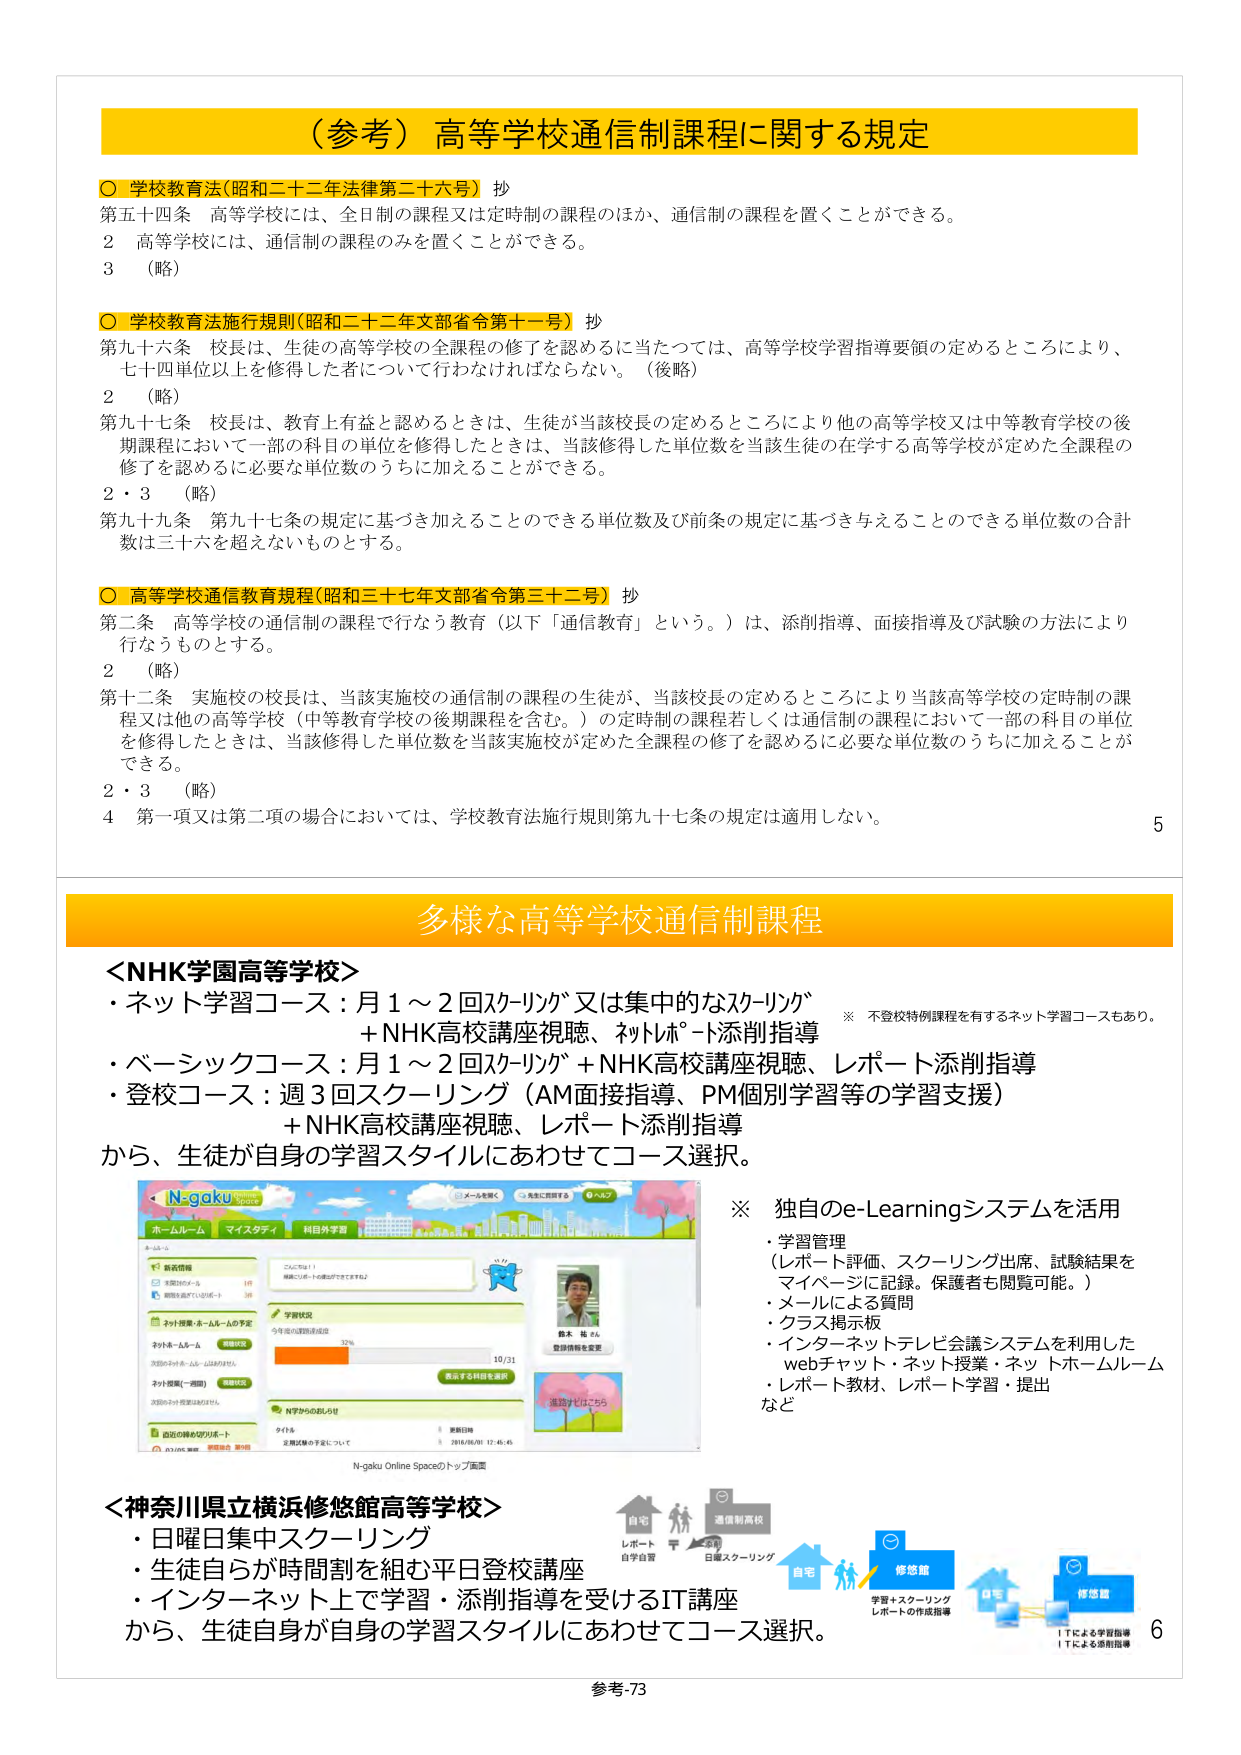
（参考）高等学校通信制課程に関する規定

○ 学校教育法（昭和二十二年法律第二十六号）抄
第五十四条 高等学校には、全日制の課程又は定時制の課程のほか、通信制の課程を置くことができる。
２ 高等学校には、通信制の課程のみを置くことができる。
３ （略）

○ 学校教育法施行規則（昭和二十二年文部省令第十一号）抄
第九十六条 校長は、生徒の高等学校の全課程の修了を認めるに当たっては、高等学校学習指導要領の定めるところにより、七十四単位以上を修得した者について行わなければならない。（後略）
２ （略）
第九十七条 校長は、教育上有益と認めるときは、生徒が当該校長の定めるところにより他の高等学校又は中等教育学校の後期課程において一部の科目の単位を修得したときは、当該修得した単位数を当該生徒の在学する高等学校が定めた全課程の修了を認めるに必要な単位数のうちに加えることができる。
２・３ （略）
第九十九条 第九十七条の規定に基づき加えることのできる単位数及び前条の規定に基づき与えることのできる単位数の合計数は三十六を超えないものとする。

○ 高等学校通信教育規程（昭和三十七年文部省令第三十二号）抄
第二条 高等学校の通信制の課程で行なう教育（以下「通信教育」という。）は、添削指導、面接指導及び試験の方法により行なうものとする。
２ （略）
第十二条 実施校の校長は、当該実施校の通信制の課程の生徒が、当該校長の定めるところにより当該高等学校の定時制の課程又は他の高等学校（中等教育学校の後期課程を含む。）の定時制の課程若しくは通信制の課程において一部の科目の単位を修得したときは、当該修得した単位数を当該実施校が定めた全課程の修了を認めるに必要な単位数のうちに加えることができる。
２・３ （略）
４ 第一項又は第二項の場合においては、学校教育法施行規則第九十七条の規定は適用しない。

多様な高等学校通信制課程

＜NHK学園高等学校＞
・ネット学習コース：月1～2回スクーリング又は集中的なスクーリング
　＋NHK高校講座視聴、ネットレポート添削指導
※ 不登校特例課程を有するネット学習コースもあり。
・ベーシックコース：月1～2回スクーリング＋NHK高校講座視聴、レポート添削指導
・登校コース：週3回スクーリング（AM面接指導、PM個別学習等の学習支援）
　＋NHK高校講座視聴、レポート添削指導
から、生徒が自身の学習スタイルにあわせてコース選択。

※ 独自のe-Learningシステムを活用
・学習管理
　（レポート評価、スクーリング出席、試験結果をマイページに記録。保護者も閲覧可能。）
・メールによる質問
・クラス掲示板
・インターネットテレビ会議システムを利用した
　webチャット・ネット授業・ネットホームルーム
・レポート教材、レポート学習・提出
など

＜神奈川県立横浜修悠館高等学校＞
・日曜日集中スクーリング
・生徒自らが時間割を組む平日登校講座
・インターネット上で学習・添削指導を受けるIT講座
から、生徒自身が自身の学習スタイルにあわせてコース選択。

N-gaku Online Spaceのトップ画面

参考-73

5
6